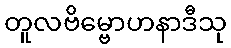
တူလဗိမ္ဗောဟနာဒီသု